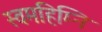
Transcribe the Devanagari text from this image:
स्वमहिम्नि